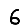
Digit: 6